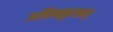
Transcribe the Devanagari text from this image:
अहिनकुलम्